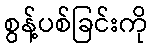
စွန့်ပစ်ခြင်းကို